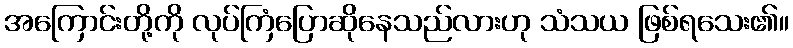
အကြောင်းတို့ကို လုပ်ကြံပြောဆိုနေသည်လားဟု သံသယ ဖြစ်ရသေး၏။